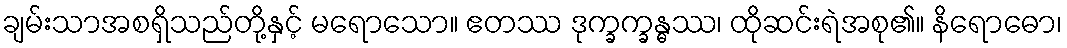
ချမ်းသာအစရှိသည်တို့နှင့် မရောသော။ ဧတဿ ဒုက္ခက္ခန္ဓဿ၊ ထိုဆင်းရဲအစု၏။ နိရောဓော၊